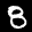
Label: 8